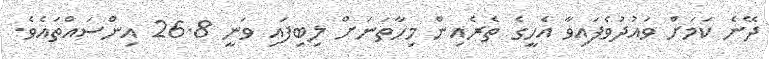
ދޭނެ ކަމަށް ވައުދުވެފައިވާ އެހީގެ ތެރެއިން މިހާތަނަށް ލިބިފައި ވަނީ 26.8 އިންސައްތައެވެ.